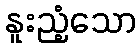
နူးညံ့သော